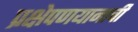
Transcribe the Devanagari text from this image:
प्रक्षेपणयानाची